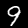
Digit: 9